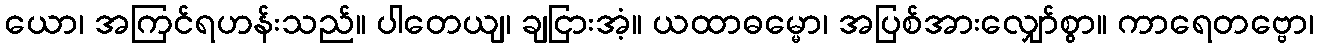
ယော၊ အကြင်ရဟန်းသည်။ ပါတေယျ၊ ချငြားအံ့။ ယထာဓမ္မော၊ အပြစ်အားလျှော်စွာ။ ကာရေတဗ္ဗော၊